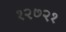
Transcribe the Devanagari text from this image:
१२७२१